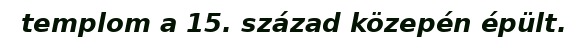
templom a 15. század közepén épült.